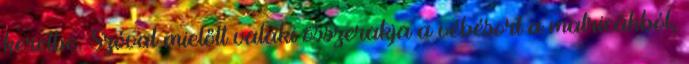
keretbe. Szóval mielőtt valaki összerakja a vébésort a matricákból,